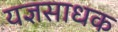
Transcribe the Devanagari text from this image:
यज्ञसाधक